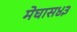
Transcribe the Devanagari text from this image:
मेघास४३